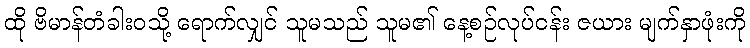
ထို ဗိမာန်တံခါးဝသို့ ရောက်လျှင် သူမသည် သူမ၏ နေ့စဉ်လုပ်ငန်း ဇယား မျက်နှာဖုံးကို